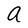
Character: a